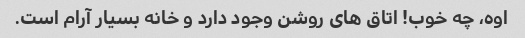
اوه، چه خوب! اتاق های روشن وجود دارد و خانه بسیار آرام است.